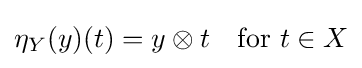
\eta _{Y}(y)(t)=y\otimes t\quad {\text{for }}t\in X